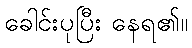
ခေါင်းပုပြီး နေရ၏။